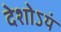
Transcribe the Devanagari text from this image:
देशोऽयं